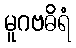
မူဂဗဓိရံ